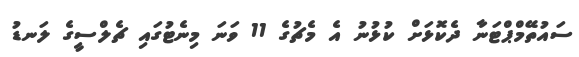
ސައުތޭމްޕްޓަނާ ދެކޮޅަށް ކުޅުނު އެ މެޗުގެ 11 ވަނަ މިނެޓުގައި ޗެލްސީގެ ލަނޑު